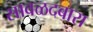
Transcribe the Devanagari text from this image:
सावळदबारा